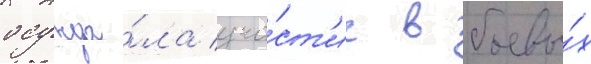
осужда́ла уча́ст'ие в боевы́х